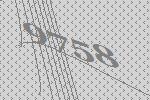
9758